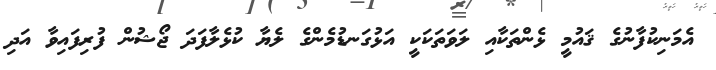
އެމަނިކުފާނުގެ ޤައުމީ ޅެންތަކާއި ލަވަތަކަކީ އަޅުގަނޑުމެންގެ ލެޔާ ކުޅެލާފަދަ ޖޯޝުން ފުރިފައިވާ އަދި